Notes on vaccination in the North-West Frontier Province 1923-1928 - 1923-1928
Year: 1923
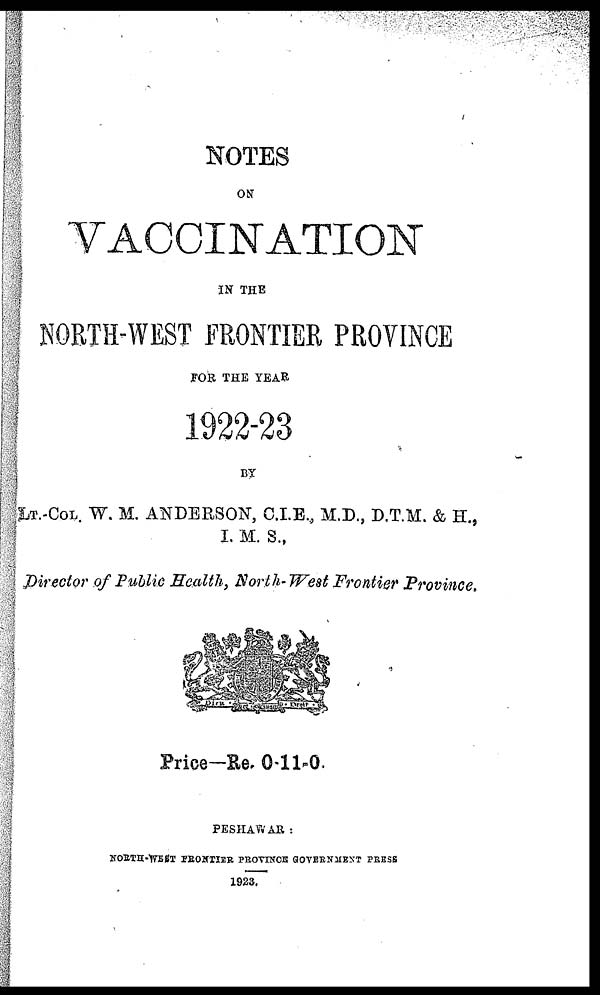
NOTES
ON
VACCINATION
IN THE
NORTH-WEST FRONTIER PROVINCE
FOR THE YEAR
1922-23
BY
LT.-COL. W. M. ANDERSON, C.I.E., M.D., D.T.M. & H.,
I. M. S.,
Director of Public Health, North- West Frontier Province.
Price—Re. 0-11-0.
PESHAWAR :
NORTH-WEST FRONTIER PROVINCE GOVERNMENT PRESS
1923.